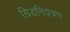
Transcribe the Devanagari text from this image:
ग्रिडनियंत्रण